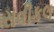
સવીકલ